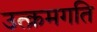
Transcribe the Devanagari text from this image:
उत्क्रमगति